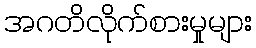
အဂတိလိုက်စားမှုများ